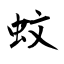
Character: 蚊